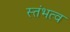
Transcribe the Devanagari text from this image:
स्तंभत्व